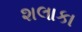
શલાકા